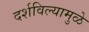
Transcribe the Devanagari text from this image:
दर्शविल्यामुळे